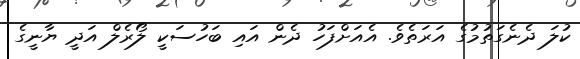
ކުލަ ދެނެގަތުމުގެ އަރަތެވެ. އެއަށްފަހު ދެން އައި ބަހުސަކީ ލޯރެލް އަދީ ޔާނީގެ